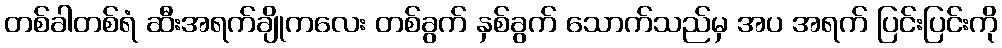
တစ်ခါတစ်ရံ ဆီးအရက်ချိုကလေး တစ်ခွက် နှစ်ခွက် သောက်သည်မှ အပ အရက် ပြင်းပြင်းကို